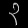
Digit: ၃